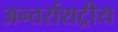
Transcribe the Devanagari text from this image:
अन्तर्राशट्रीय